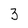
Character: 3